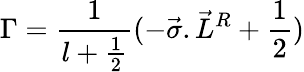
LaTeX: {\Gamma}=\frac{1}{l+\frac{1}{2}}(-{\vec{\sigma}.{\vec{L}}^{R}}+\frac{1}{2})